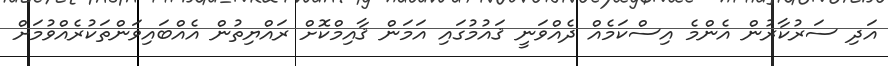
އަދި ސަރުކާރުން އެންމެ އިސްކަމެއް ދެއްވަނީ ޤައުމުގައި އަމަން ޤާއިމްކޮށް ރައްޔިތުން އެއްބައިވަންތަކުރެއްވުމަށް